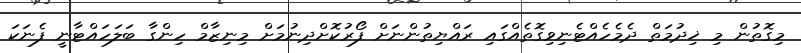
މިގޮތުން މި ޚިދުމަތް ދެމެހެއްޓެނިވިގޮތެއްގައި ރައްޔިތުންނަށް ފޯރުކޮށްދިނުމަށް މިނިޒާމް ހިންގާ ބަލަހައްޓާނީ ފެނަކަ